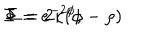
\Phi = e ^ { - 2 \phi } , \hspace { 1 c m } \Sigma = 2 \kappa ( \phi - \rho )